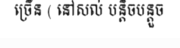
ច្រើន ( នៅសល់ បន្តិចបន្តួច